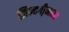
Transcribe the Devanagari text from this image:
ज़िन्दगी़नामा